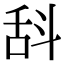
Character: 𣁳